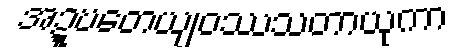
အဍ္ဎတေယျဝဿသတာယုကာ